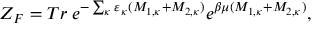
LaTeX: { \cal Z } _ { F } = T r \; e ^ { - \sum _ { \kappa } \varepsilon _ { \kappa } ( { \cal M } _ { 1 , \kappa } + { \cal M } _ { 2 , \kappa } ) } e ^ { \beta \mu ( M _ { 1 , \kappa } + M _ { 2 , \kappa } ) } ,